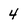
Character: 4